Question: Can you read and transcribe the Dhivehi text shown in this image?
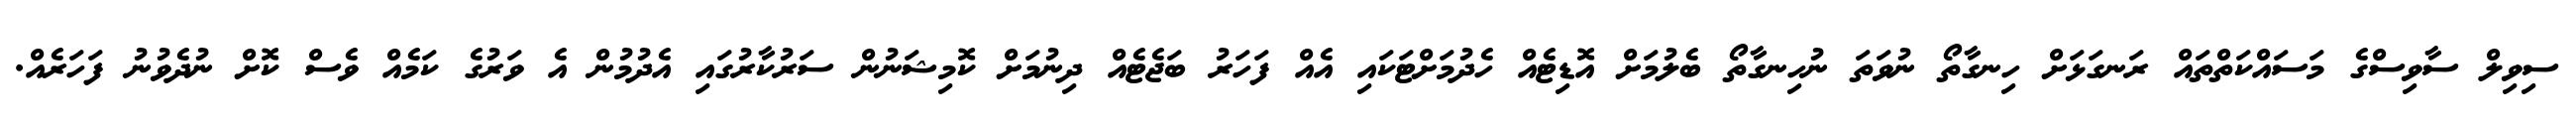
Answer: ސިވިލް ސާވިސްގެ މަސައްކަތްތައް ރަނގަޅަށް ހިނގާތޯ ނުވަތަ ނުހިނގާތޯ ބެލުމަށް އޮޑިޓެއް ހެދުމަށްޓަކައި އެއް ފަހަރު ބަޖެޓެއް ދިނުމަށް ކޮމިޝަނުން ސަރުކާރުގައި އެދުމުން އެ ވަރުގެ ކަމެއް ވެސް ކޮށް ނުދެވުނު ފަހަރެއް.